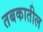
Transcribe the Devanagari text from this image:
तबकातील